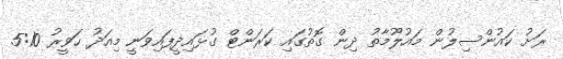
ރަށު ކައުންސިލުން މައުލޫމާތު ދިން ގޮތުގައި ކަރަންޓް ގުޅައިދީފައިވަނީ މިއަދު ހަވީރު 5:10